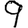
Digit: 9